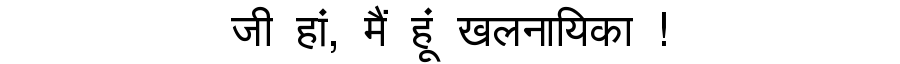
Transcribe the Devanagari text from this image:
जी हां, मैं हूं खलनायिका !